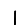
Digit: 1